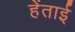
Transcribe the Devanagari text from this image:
हेंताई